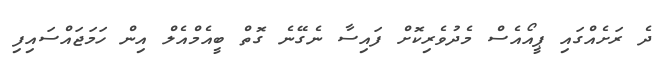
ދެ ރަށެއްގައި ޕީއޯއެސް މެދުވެރިކޮށް ފައިސާ ނެގޭނެ ގޮތް ބީއެމްއެލް އިން ހަމަޖައްސައިފި